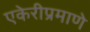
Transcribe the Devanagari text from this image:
एकेरीप्रमाणे